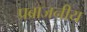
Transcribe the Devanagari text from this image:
प्रब्राजनीय